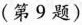
(第9题)